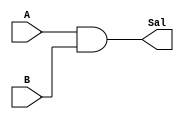

module AND_(
		input A,B,
		output Sal
);

assign Sal = A & B;

endmodule